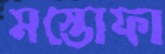
মস্তোফা